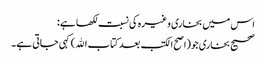
اس میں بخاری وغیرہ کی نسبت لکھا ہے:
صحیح بخاری جو(اصح الکتب بعد کتاب الله)کہی جاتی ہے۔